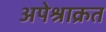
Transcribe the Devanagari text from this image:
अपेश्राक्रत